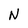
Character: N